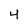
Character: 4